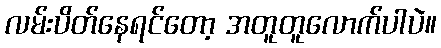
လမ်းပိတ်နေရင်တော့ အတူတူလောက်ပါပဲ။